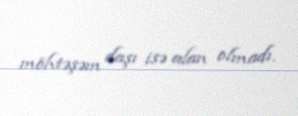
möhtəşəm daşı isə alan olmadı.